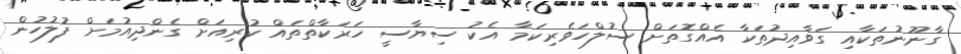
ގާނޫނުތަކާއި ގަވާއިދުތަކާ އެއްގޮތަށް ސުލްހަވެރިކަމާ އެކު ސިޔާސީ ހަރަކާތްތައް ކުރިއަށް ގެންދިއުމަށް ފުލުހުން